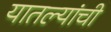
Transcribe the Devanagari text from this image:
यातल्यांची